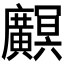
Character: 𫸏